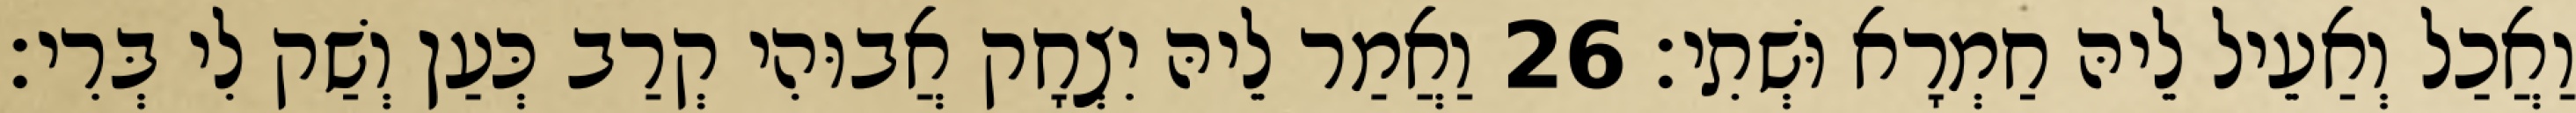
וַאֲכַל וְאַעֵיל לֵיהּ חַמְרָא וּשְׁתִי׃ 26 וַאֲמַר לֵיהּ יִצְחָק אֲבוּהִי קְרַב כְּעַן וְשַׁק לִי בְּרִי׃